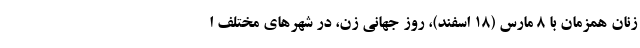
زنان همزمان با ۸ مارس (۱۸ اسفند)، روز جهانی زن، در شهرهای مختلف ا